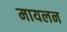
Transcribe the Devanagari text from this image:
मायलन